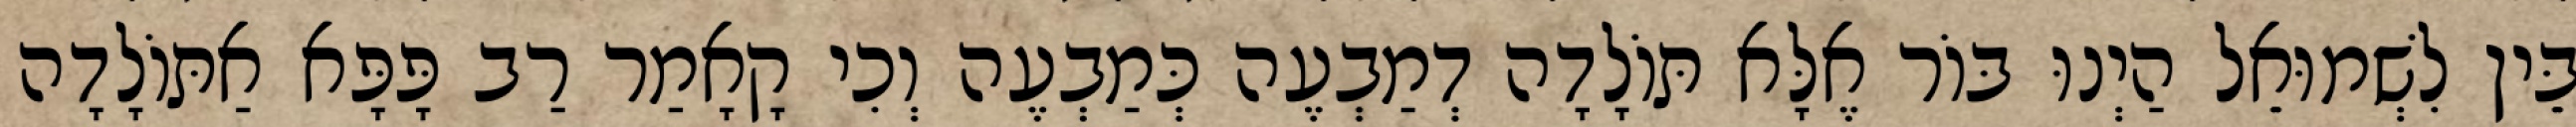
בֵּין לִשְׁמוּאֵל הַיְנוּ בּוֹר אֶלָּא תּוֹלָדָה דְמַבְעֶה כְּמַבְעֶה וְכִי קָאָמַר רַב פָּפָּא אַתּוֹלָדָה